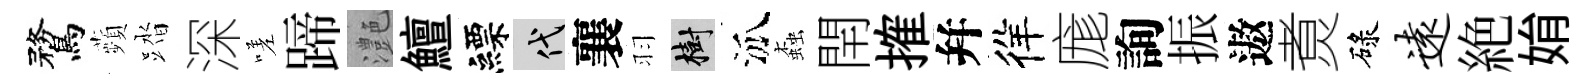
鶩蘋踏深嗟蹄灔鱣縹代襄羽樹泒螙閈搉幷徉庬詢振遨煑碌远絶姢